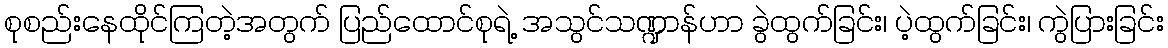
စုစည်းနေထိုင်ကြတဲ့အတွက် ပြည်ထောင်စုရဲ့ အသွင်သဏ္ဍာန်ဟာ ခွဲထွက်ခြင်း၊ ပဲ့ထွက်ခြင်း၊ ကွဲပြားခြင်း